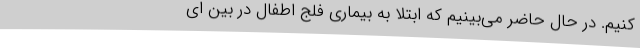
کنیم. در حال حاضر می‌بینیم که ابتلا به بیماری فلج اطفال در بین ای